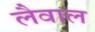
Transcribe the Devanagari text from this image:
लैवाल